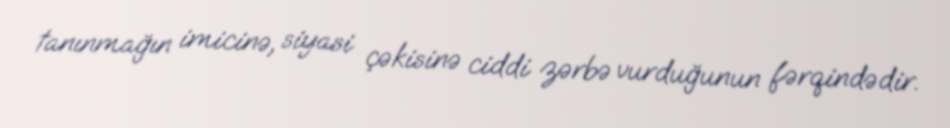
tanınmağın imicinə, siyasi çəkisinə ciddi zərbə vurduğunun fərqindədir.